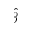
\hat { \beta }